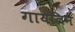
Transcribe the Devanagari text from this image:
गायलिन